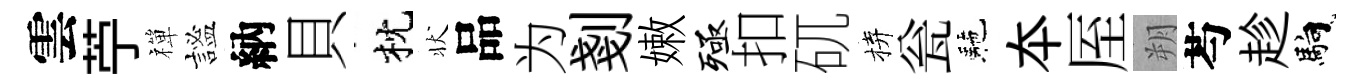
雲苧禪謐納貝枕状品为剗嫩殛扣矹拚瓮駰夲厔朔芍趁馿